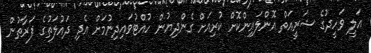
އަލީ ވަހީދުގެ ޝަރީއަތް އޮންލައިންކޮށް ކުރިއަށް ގެންދިޔުން ހުއްޓުވައިދިނުމަށް އެދި ދައުލަތުގެ ފަރާތުން